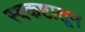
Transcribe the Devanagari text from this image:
स्वकष्टातून